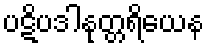
ပဋိပဒါနုတ္တရိယေန